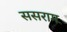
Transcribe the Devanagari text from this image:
ससराम